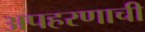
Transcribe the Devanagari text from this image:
अपहरणाची